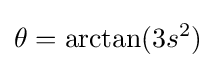
\theta =\arctan(3s^{2})